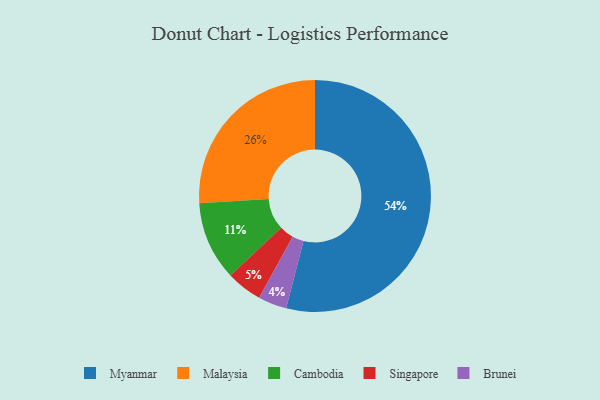
{"axis": {"x": "Category", "y": "Percentage"}, "legend": ["Brunei", "Cambodia", "Malaysia", "Myanmar", "Singapore"], "data": [{"x": "Brunei", "y": 4, "type": "Brunei"}, {"x": "Myanmar", "y": 54, "type": "Myanmar"}, {"x": "Singapore", "y": 5, "type": "Singapore"}, {"x": "Malaysia", "y": 26, "type": "Malaysia"}, {"x": "Cambodia", "y": 11, "type": "Cambodia"}]}